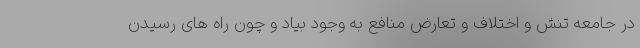
در جامعه تنش و اختلاف و تعارض منافع به وجود بیاد و چون راه های رسیدن